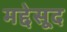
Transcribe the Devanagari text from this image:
मद्देसूद